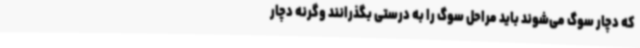
که دچار سوگ می‌شوند باید مراحل سوگ را به درستی بگذرانند وگرنه دچار